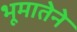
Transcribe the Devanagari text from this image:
भूमातेने